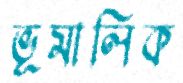
ভূমালিক